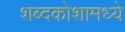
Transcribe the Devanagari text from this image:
शब्दकोशामध्ये